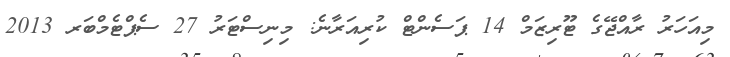
މިއަހަރު ރާއްޖޭގެ ޓޫރިޒަމް 14 ޕަސެންޓް ކުރިއަރާނެ: މިނިސްޓަރު 27 ސެޕްޓެމްބަރ 2013